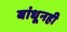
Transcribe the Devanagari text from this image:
बांधूनही